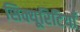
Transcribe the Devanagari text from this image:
सिक्यूरिटियाँ